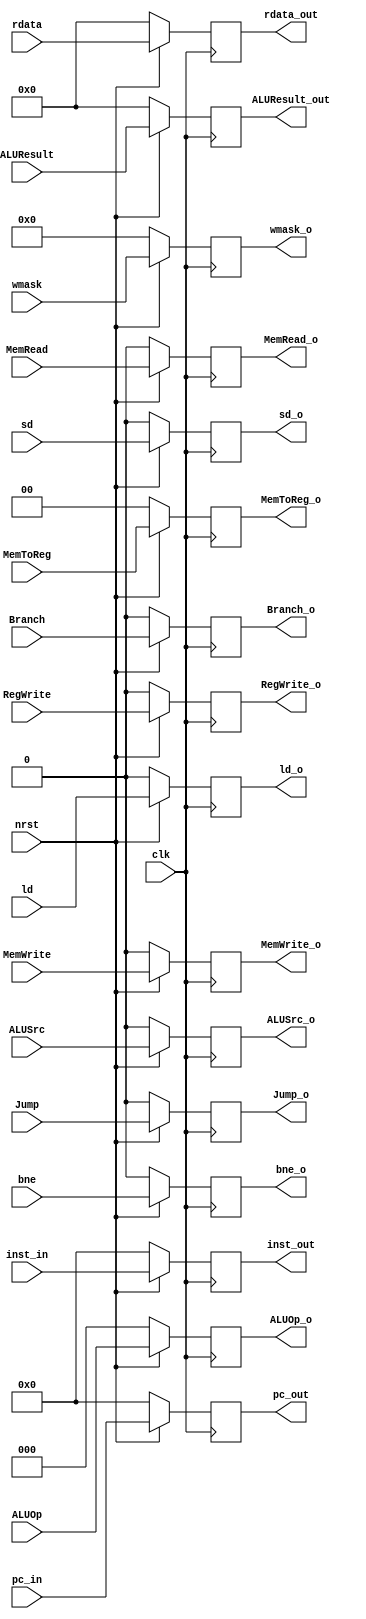
`timescale 1ns / 1ps
//////////////////////////////////////////////////////////////////////////////////
// Company: 
// Engineer: 
// 
// Design Name: 
// Module Name: stage_MEMWB
// Project Name: 
// Target Devices: 
// Tool Versions: 
// Description: 
// 
// Dependencies: 
// 
// Revision:
// Revision 0.01 - File Created
// Additional Comments:
// 
//////////////////////////////////////////////////////////////////////////////////


module stage_MEMWB(clk, nrst, rdata, ALUResult, ALUResult_out, rdata_out,
MemWrite, Branch, MemRead, RegWrite, MemToReg, ALUOp, ALUSrc, Jump, sd, ld, bne, wmask,
MemWrite_o, Branch_o, MemRead_o, RegWrite_o, MemToReg_o, ALUOp_o, ALUSrc_o, Jump_o, sd_o, ld_o, bne_o, wmask_o, pc_in, pc_out, inst_in, inst_out


    );
    
    input [63:0] ALUResult, rdata;
    input clk, nrst;
    output reg [63:0] ALUResult_out, rdata_out;
    input [31:0] pc_in, inst_in;
    output reg [31:0] pc_out, inst_out;
    
    //control signals from prev stage
    input MemWrite, RegWrite, Branch, MemRead, ALUSrc; //1+1+1+1+1
    input [1:0] MemToReg; //2
    input [2:0] ALUOp; //3
    input Jump, sd, ld, bne; //1+1+1+1
    input [7:0] wmask; //8   
    
    //
    
    
    //output control signals
    output reg MemWrite_o, RegWrite_o, Branch_o, MemRead_o, ALUSrc_o; //1+1+1+1+1
    output reg [1:0] MemToReg_o; //2
    output reg [2:0] ALUOp_o; //3
    output reg Jump_o, sd_o, ld_o, bne_o; //1+1+1+1
    output reg [7:0] wmask_o; //8   
    //
    
    
    always@(posedge clk) begin
    if (!nrst)begin
        ALUResult_out<=64'd0;
        rdata_out<=64'd0;
        pc_out<=32'd0;
        inst_out<=32'd0;
    end
    else begin
        ALUResult_out<=ALUResult;
        rdata_out<=rdata;
        pc_out<=pc_in;
        inst_out<=inst_in;
    end
    end
    
    always@(posedge clk) begin
    if (!nrst)begin
        MemWrite_o<=1'b0;
        RegWrite_o<=1'b0;
        Branch_o<=1'b0;
        MemRead_o<=1'b0;
        ALUSrc_o<=1'b0;
        MemToReg_o<=2'd0;
        ALUOp_o<=3'd0;
        Jump_o<=1'b0;
        sd_o<=1'b0;
        ld_o<=1'b0;
        bne_o<=1'b0;
        wmask_o<=8'd0;
        end
    else begin
        MemWrite_o<=MemWrite;
        RegWrite_o<=RegWrite;
        Branch_o<=Branch;
        MemRead_o<=MemRead;
        ALUSrc_o<=ALUSrc;
        MemToReg_o<=MemToReg;
        ALUOp_o<=ALUOp;
        Jump_o<=Jump;
        sd_o<=sd;
        ld_o<=ld;
        bne_o<=bne;
        wmask_o<=wmask;
        end
    end
endmodule